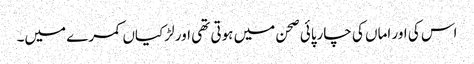
اس کی اور اماں کی چارپائی صحن میں ہوتی تھی اور لڑکیاں کمرے میں۔